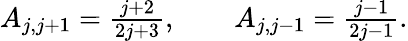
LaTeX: \begin{array}{r}{A_{j,j+1}=\frac{j+2}{2j+3},\qquad A_{j,j-1}=\frac{j-1}{2j-1}.}\end{array}